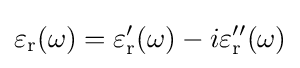
\varepsilon _{\text{r}}(\omega )=\varepsilon _{\text{r}}'(\omega )-i\varepsilon _{\text{r}}''(\omega )